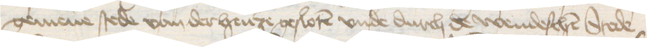
gemene stede van der henze gesloten vnde durch de wendeschen Stede